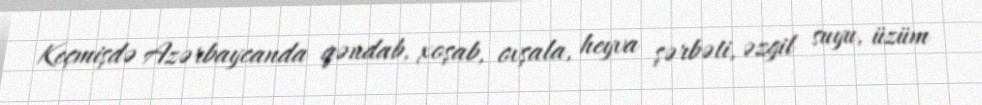
Keçmişdə Azərbaycanda qəndab, xoşab, ovşala, heyva şərbəti, əzgil suyu, üzüm